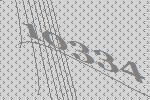
10334